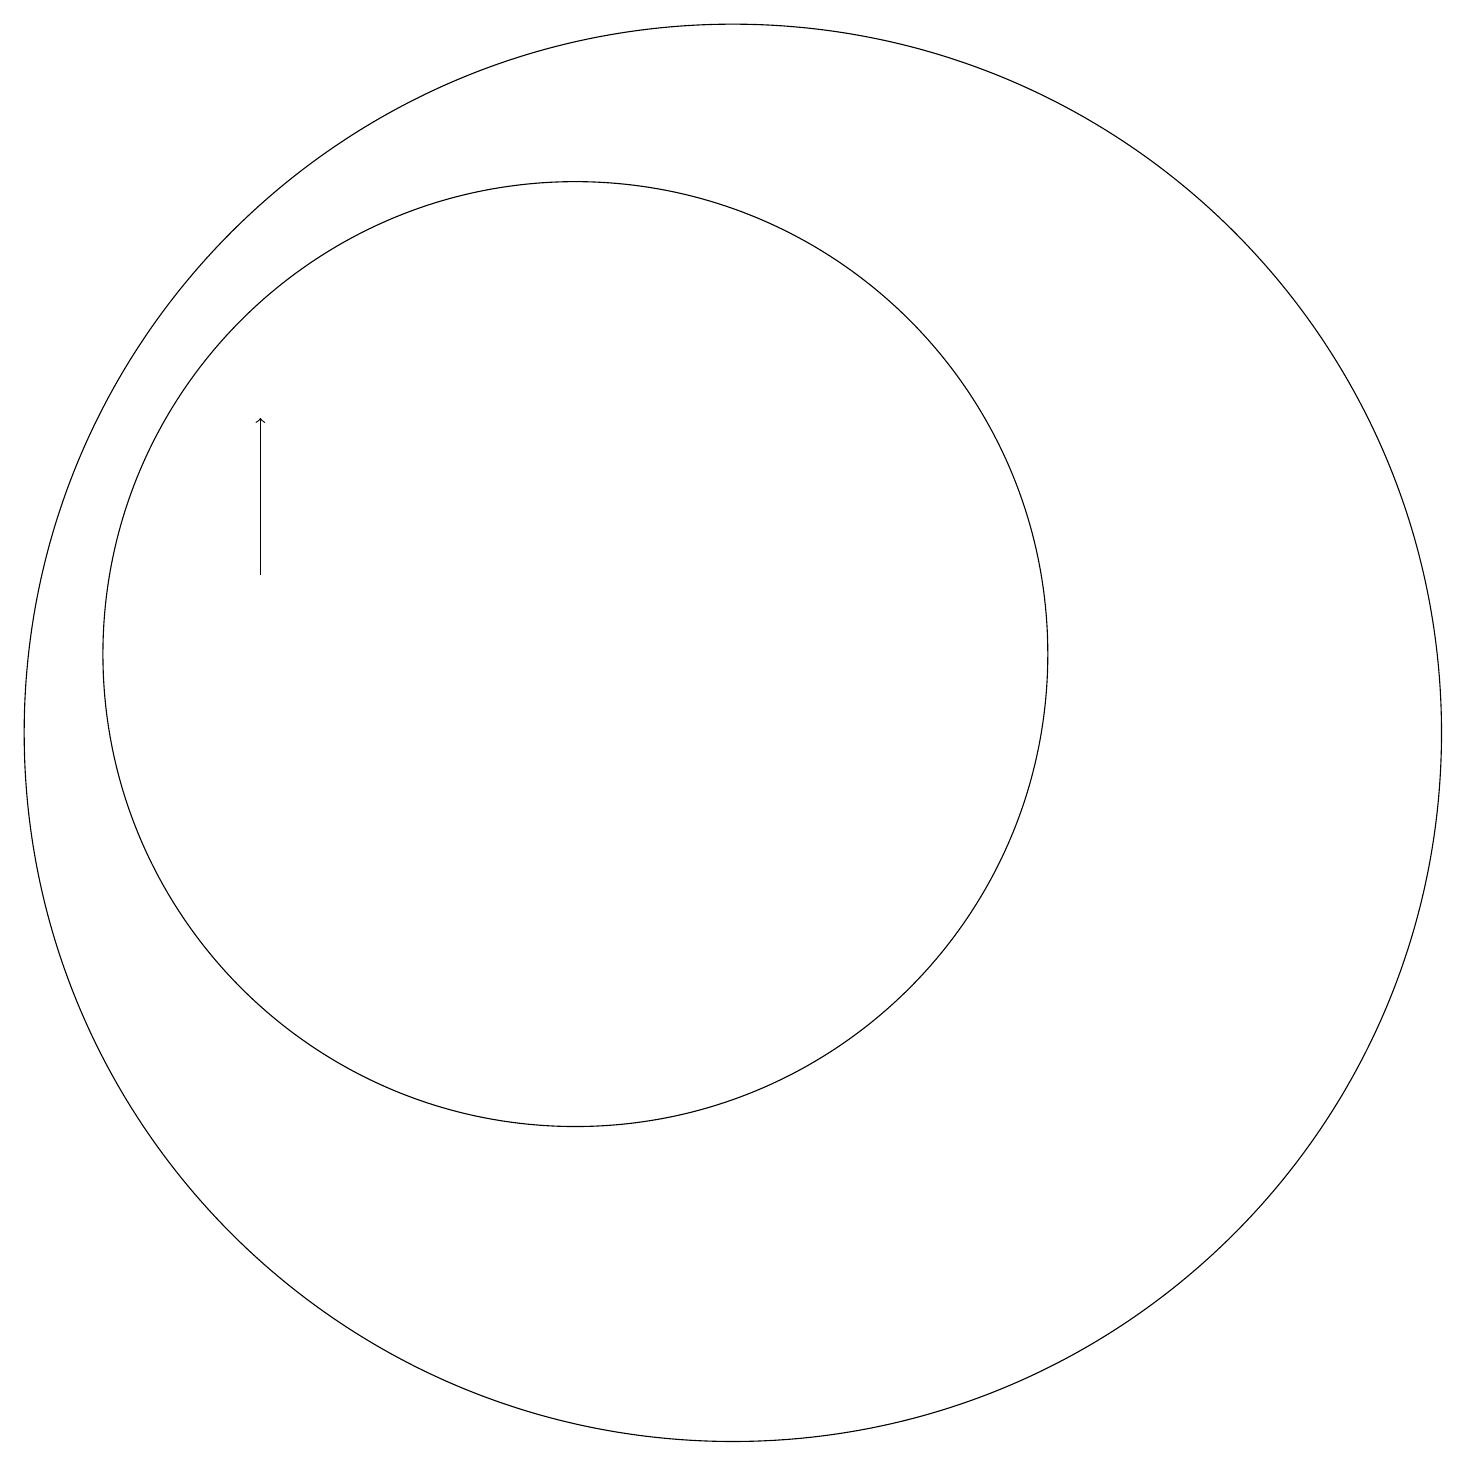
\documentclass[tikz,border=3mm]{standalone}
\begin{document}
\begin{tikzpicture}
\draw (12,11) circle (9);
\draw (10,12) circle (6);
\draw[->] (6,13) -- (6,15);
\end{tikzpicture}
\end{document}